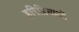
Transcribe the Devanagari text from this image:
हरिप्रियाओं